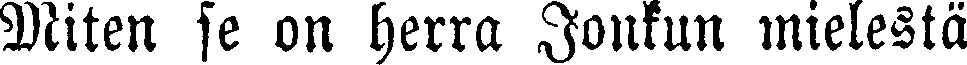
Miten se on herra Jonkun mielestä